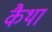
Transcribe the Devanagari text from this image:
कैथा